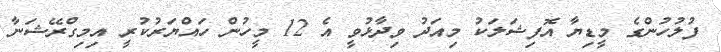
ފުލުހުންގެ މީޑިޔާ އޮފިޝަލަކު މިއަދު ވިދާޅުވީ އެ 12 މީހުން ހައްޔަރުކުރީ އިމިގްރޭޝަނާ